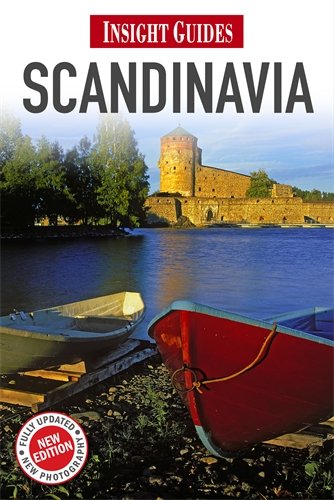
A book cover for Insight Guide Scandinavia; Joan Gannij; Travel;